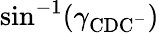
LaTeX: \sin^{-1}(\gamma_{\mathrm{CDC^{-}}})